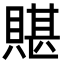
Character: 𧶿